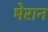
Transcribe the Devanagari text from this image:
मेरान